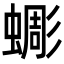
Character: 𧐸